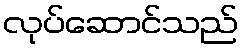
လုပ်ဆောင်သည်